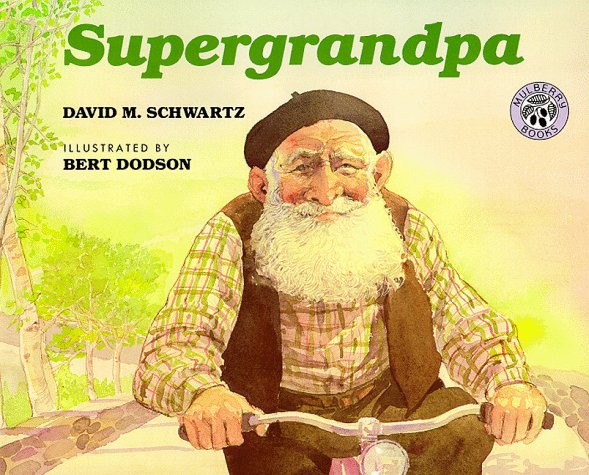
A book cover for Supergrandpa; David M. Schwartz; Children's Books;